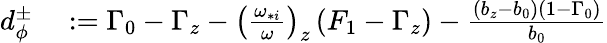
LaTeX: \begin{array}{rl}{d_{\phi}^{\pm}}&{{}:=\Gamma_{0}-\Gamma_{z}-\left(\frac{\omega_{*i}}{\omega}\right)_{z}\left(F_{1}-\Gamma_{z}\right)-\frac{\left(b_{z}-b_{0}\right)\left(1-\Gamma_{0}\right)}{b_{0}}}\end{array}